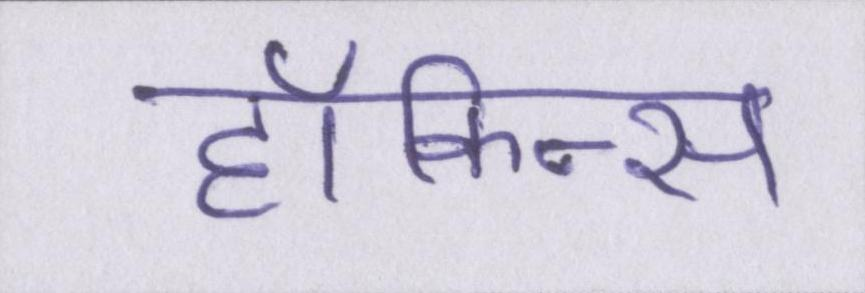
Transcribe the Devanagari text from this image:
हॉकिन्स